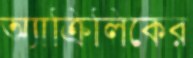
অ্যাক্রিলিকের